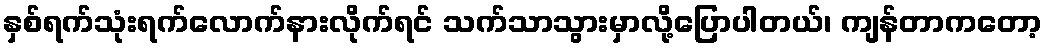
နှစ်ရက်သုံးရက်လောက်နားလိုက်ရင် သက်သာသွားမှာလို့ပြောပါတယ်၊ ကျန်တာကတော့